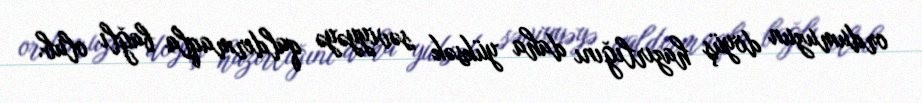
ordumuzun döyüş hazırlığını daha yüksək səviyyəyə qaldırmaqla bağlı olub.